Black-water fever - Number 35
Disease focus: Fever
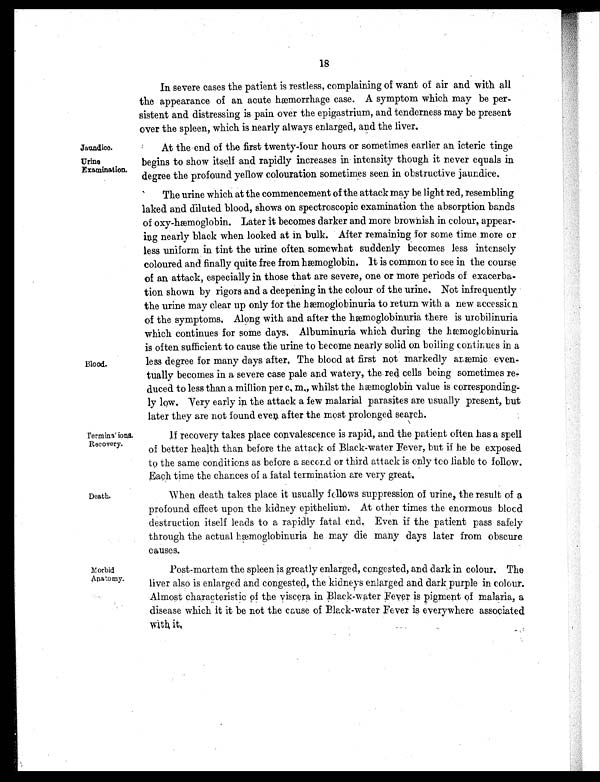
18
In severe cases the patient is restless, complaining of want of air and with all
the appearance of an acute hæmorrhage case. A symptom which may be per
- s i s t e n t a n d d i s t r e s s i n g i s p a i n o v e r t h e e p i g a s t r i u m , a n d t e n d e r n e s s m a y b e p r e s e n t
over the spleen, which is nearly always enlarged, and the liver.
Jaundice. At the end of the first twenty-four hours or sometimes earlier an icteric tinge
Urine Examination begins to show itself and rapidly increases in intensity though it never equals in
degree the profound yellow colouration sometimes seen in obstructive jaundice.
The urine which at the commencement of the attack may be light red, resembling
laked and diluted blood, shows on spectroscopic examination the absorption bands
of oxy-hæmoglobin. Later it becomes darker and more brownish in colour, appear
- i n g n e a r l y b l a c k w h e n l o o k e d a t i n b u l k . A f t e r r e m a i n i n g f o r s o m e t i m e m o r e o r
less uniform in tint the urine often somewhat suddenly becomes less intensely
coloured and finally quite free from hæmoglobin. It is common to see in the course
of an attack, especially in those that are severe, one or more periods of exacerba
- t i o n s h o w n b y r i g o r s a n d a d e e p e n i n g i n t h e c o l o u r o f t h e u r i n e . N o t i n f r e q u e n t l y
the urine may clear up only for the hæmoglobinuria to return with a new accessicn
of the symptoms. Along with and after the hæmoglobinuria there is urobilinuria
which continues for some days, Albuminuria which during the hæmoglobinuria
is often sufficient to cause the urine to become nearly solid on boiling continues in a
Blood, less degree for many days after, The blood at first not markedly anæmic even
-tually becomes in a severe case pale and watery, the red cells being sometimes re
-duced to less than a million per c, m„ whilst the hæmoglobin value is corresponding
- l y l o w . V e r y e a r l y i n t h e a t t a c k a f e w m a l a r i a l p a r a s i t e s a r e u s u a l l y p r e s e n t , b u t
later they are not found even after the most prolonged search.
Termina' ions. Recovery If recovery takes place convalescence is rapid, and the patient often has a spell
of better health than before the attack of Black-water Fever, but if he be exposed
to the same conditions as before a second or third attack is only tco liable to follow.
Each time the chances of a fatal termination are very great,
Death. When death takes place it usually follows suppression of urine, the result of a
profound effect upon the kidney epithelium. At other times the enormous blood
destruction itself leads to a rapidly fatal end. Even if the patient pass safely
through the actual hæmoglobinuria he may die many days later from obscure
causes.
Morbid Anatomy Post-mortem the spleen is greatly enlarged, congested, and dark in colour. The
liver also is enlarged and congested, the kidneys enlarged and dark purple in colour.
Almost characteristic of the viscera in Black-water Fever is pigment of malaria, a
disease which it it be not the cause of Black-water Fever is everywhere associated
with it.